NAE_kihelkonnakohtute_kirjad_ja_protokollid_1869-1889, lk 8
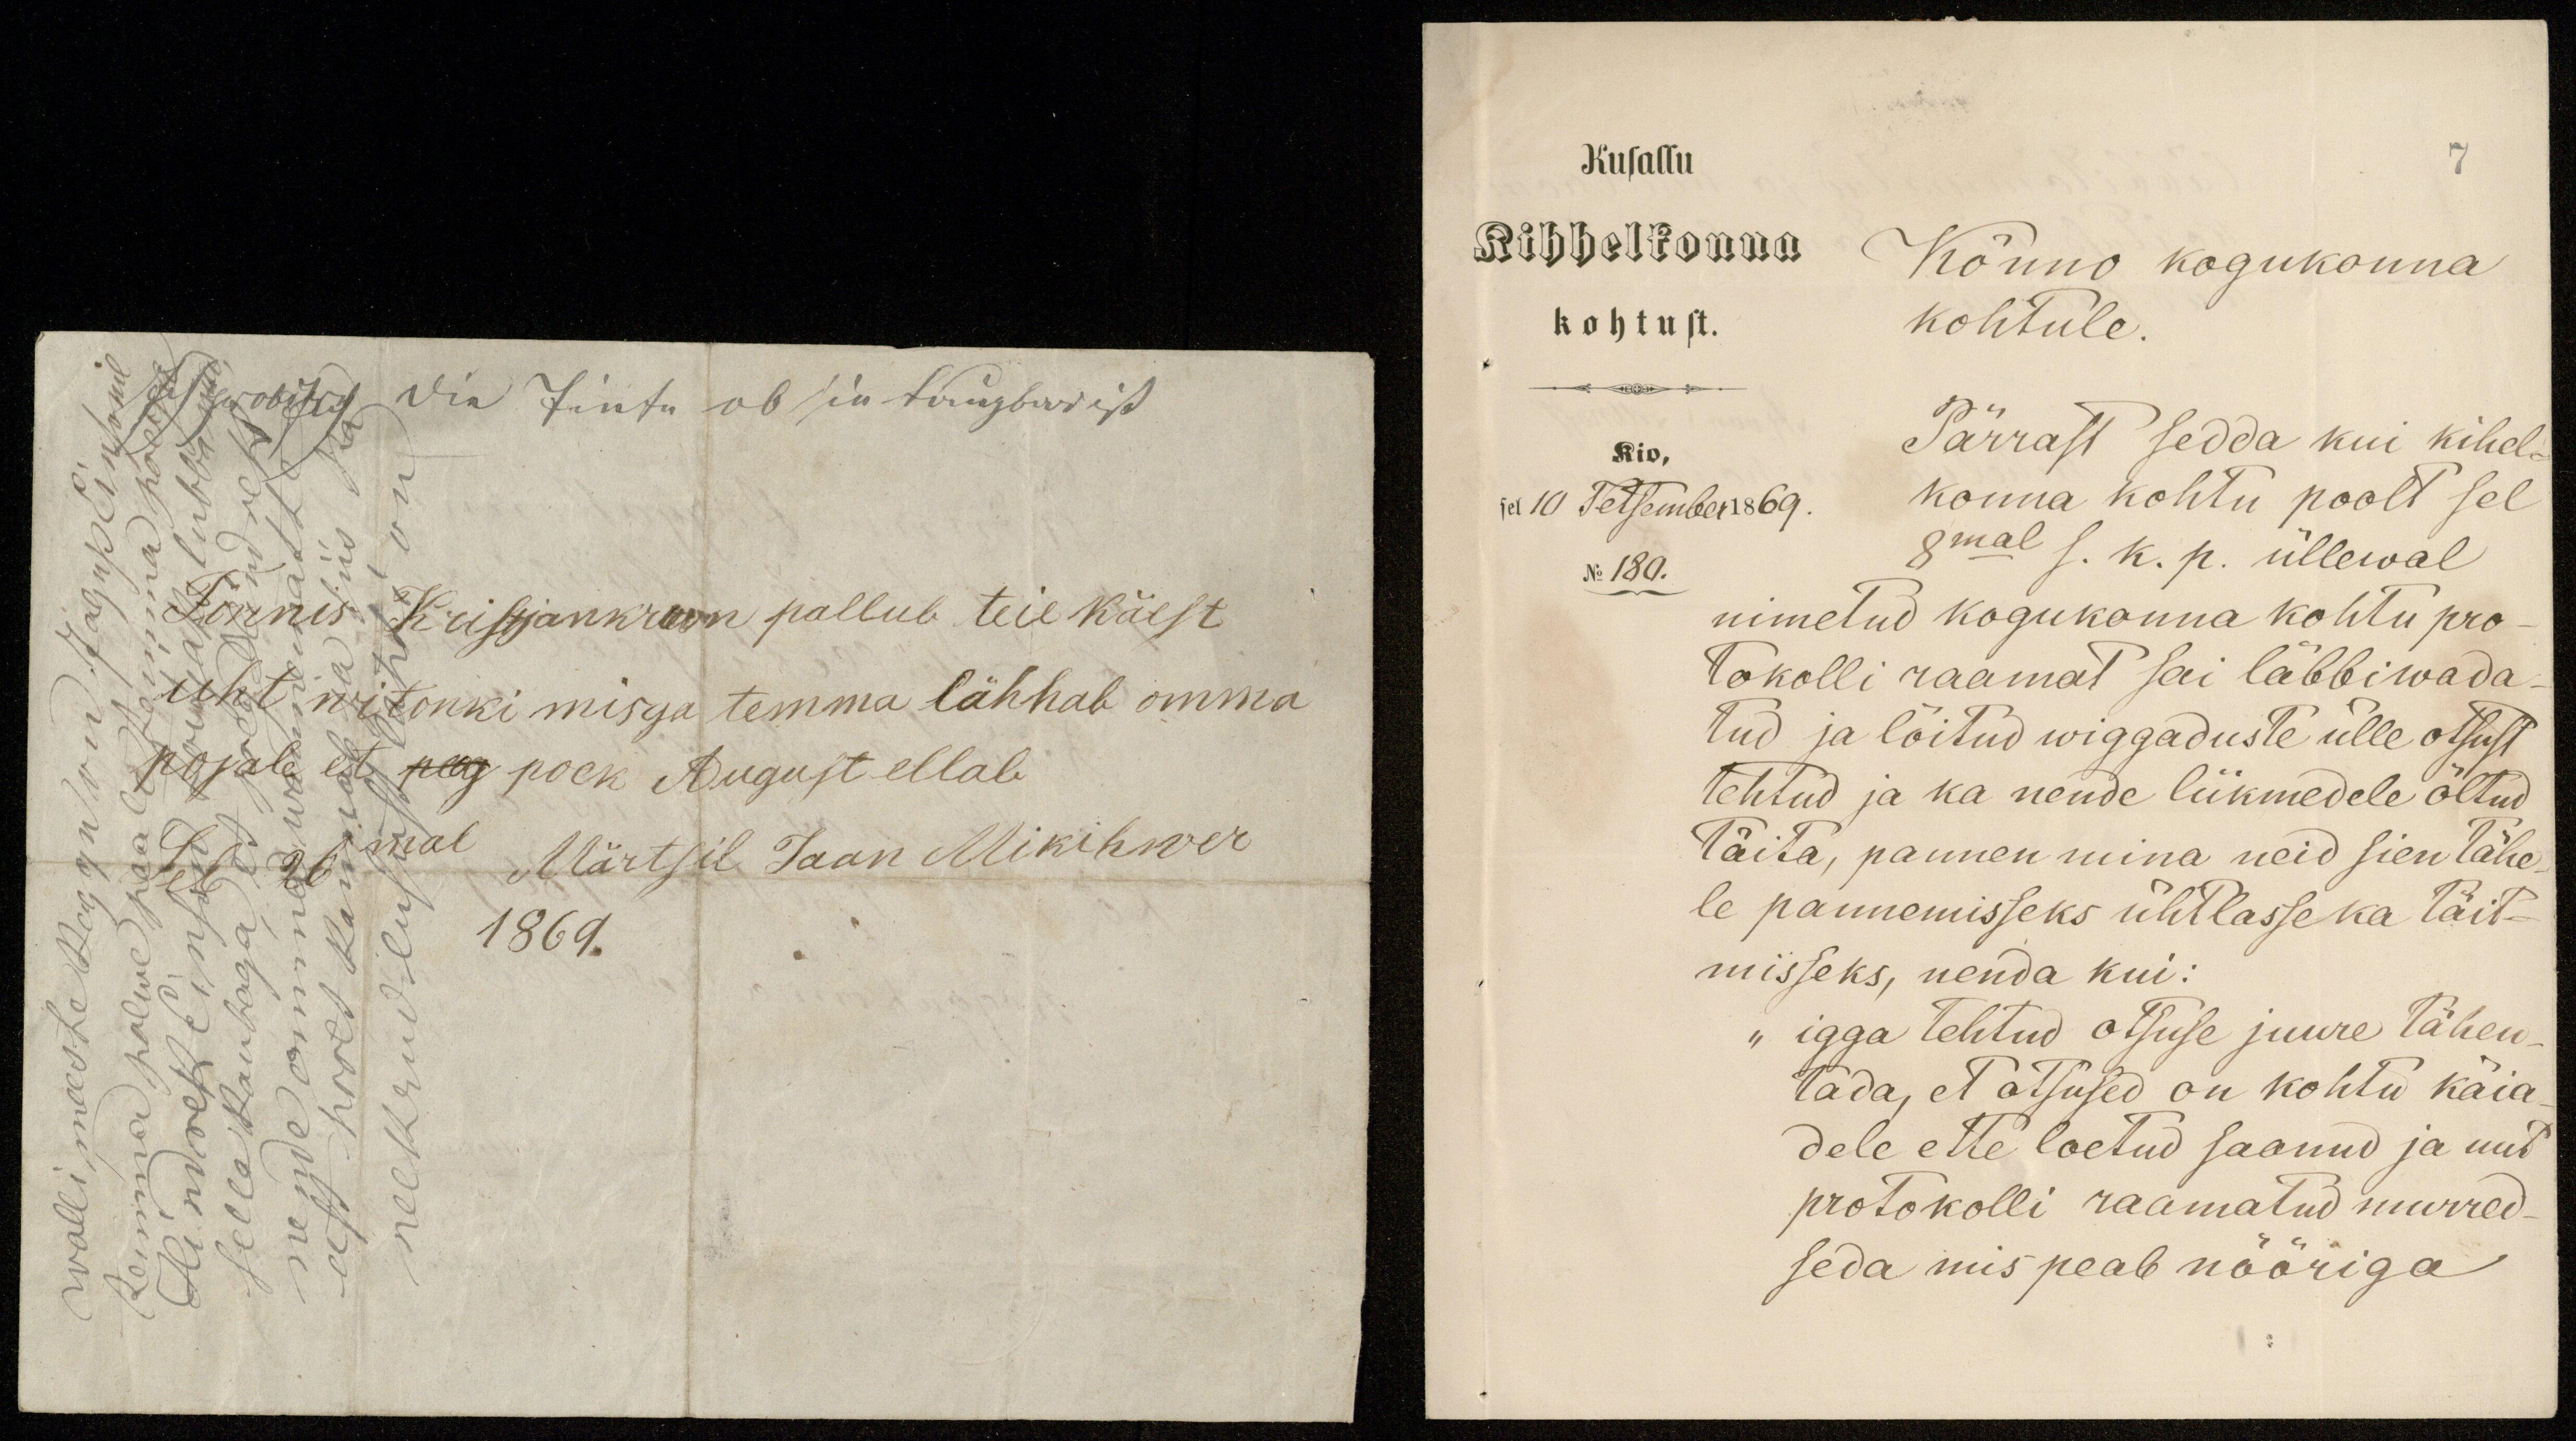
Tõnnis Kristjan kroon pallub teie käest
üht witonki misga temma lähhab omma
pojale et poeg poek August ellab
Sel 26mal Märtsil Jaan Mikihwer
1869.

Kusallu
Kihhelkonna
Kõnno kogukonna
kohtust.
kohtule.
Pärrast sedda kui kihel-
konna kohtu poolt sel
sel 10 Detsember 1869.
8mal s. k. p. üllewal
No: 180.
nimetud kogukonna kohtu pro
tokolli raamat sai läbbiwada
tud ja lõitud wiggaduste ülle otsust
tehtud ja ka nende liikmedele õltud
täita, pannen mina neid sien tähe-
le pannemisseks ühtlasse ka täit-
misseks, nenda kui:
igga tehtud otsuse juure tähen-
tada, et otsused on kohtu käia
dele ette loetud saanud ja uut
protokolli raamatud murred-
seda mis peab nööriga